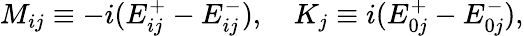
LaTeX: M_{ij}\equiv-i(E_{ij}^{+}-E_{ij}^{-}),\quad K_{j}\equiv i(E_{0j}^{+}-E_{0j}^{-}),